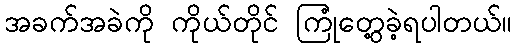
အခက်အခဲကို ကိုယ်တိုင် ကြုံတွေ့ခဲ့ရပါတယ်။